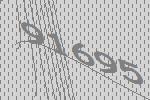
91695